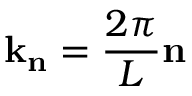
\mathbf { k } _ { \mathbf { n } } = \frac { 2 \pi } { L } \mathbf { n }